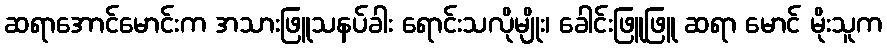
ဆရာအောင်မောင်းက အသားဖြူသနပ်ခါး ရောင်းသလိုမျိုး၊ ခေါင်းဖြူဖြူ ဆရာ မောင် မိုးသူက